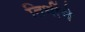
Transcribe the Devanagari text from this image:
तिथींचे